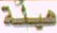
هيئة